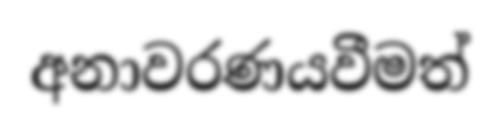
අනාවරණයවීමත්